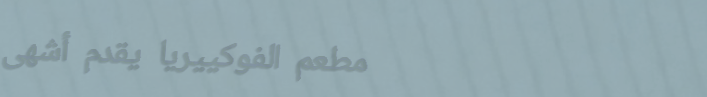
مطعم الفوكييريا يقدم أشهى